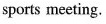
sports meeting.